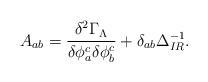
LaTeX: \begin{align*}A_{ab}=\frac{\delta^{2}\Gamma_{\Lambda}}{\delta\phi^{c}_{a}\delta\phi^{c}_{b}} + \delta_{ab}\Delta^{-1}_{IR}.\end{align*}